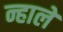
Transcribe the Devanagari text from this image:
न्हाले